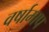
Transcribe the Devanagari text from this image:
वर्षामाप